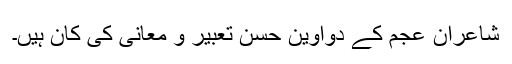
شاعرانِ عجم کے دواوین حُسنِ تعبیر و معانی کی کان ہیں۔